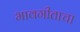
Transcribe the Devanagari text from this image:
भावगीताचा